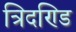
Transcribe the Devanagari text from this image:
त्रिदण्डि